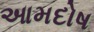
આમદોષ